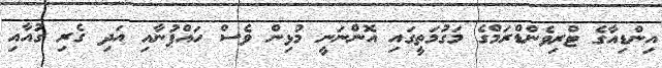
އިންޑިއާގެ ޓްރިވެންޑްރަމްގެ މަގުމަތީގައި އޮންނަނީ މުޅިން ވެސް ހައްޕުނާއި އަދި ގެރި ގުއާއި